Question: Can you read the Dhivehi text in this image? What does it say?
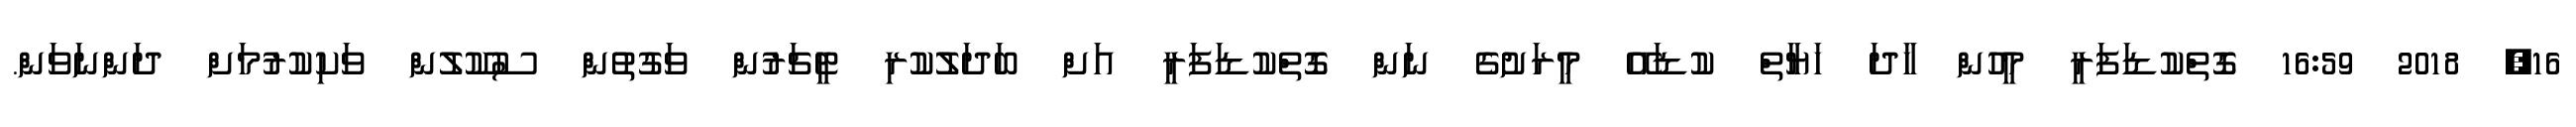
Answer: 16, 2018 16:59 ގޮތްކުޑަފަރީ މީހުން ހާދަ ހަޔާތް ކުޑައޭ މީރަށުގެ ނަން ގޮތްކުޑަފަރީ އަށް ބަދަލުކުރި ޓީޗަރުން ވަގުތުން ސުކޫލުން ވަކިކުރުމަށް ދަންނަވަން.